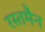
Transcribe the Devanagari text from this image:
रस्तमैन